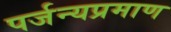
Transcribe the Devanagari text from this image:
पर्जन्यप्रमाण